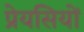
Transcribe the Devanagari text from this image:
प्रेयसियों